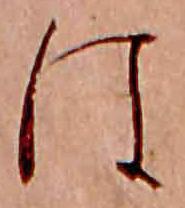
は